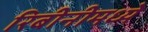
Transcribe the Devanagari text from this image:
रिबीनीमध्ये